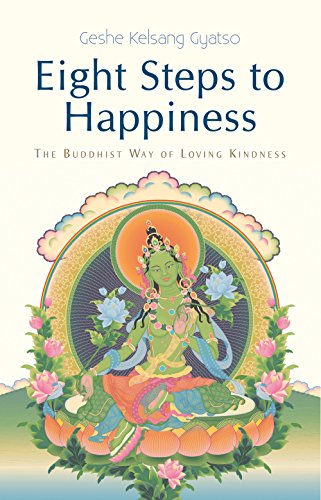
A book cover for Eight Steps to Happiness: The Buddhist Way of Loving Kindness; Geshe Kelsang Gyatso; Religion & Spirituality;